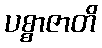
ပစ္စာဇာတိ